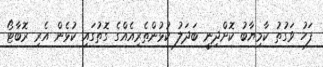
ފަހު ވަގުތު ކާމިޔާބު ކޮށްދިނީ ބަދަލު ކުޅުންތެރިއެއްގެ ގޮތުގައި ކުޅެން އެރި ރޮބާޓޯ